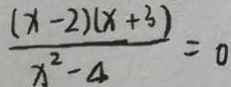
\frac { ( x - 2 ) ( x + 3 ) } { x ^ { 2 } - 4 } = 0